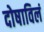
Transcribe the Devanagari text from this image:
दोषाविलं